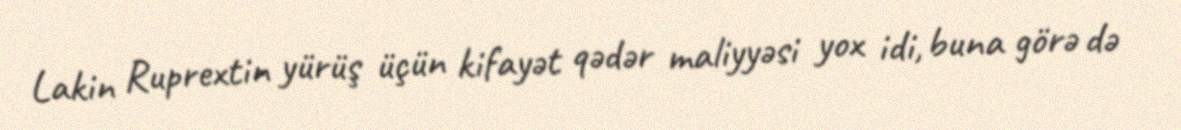
Lakin Ruprextin yürüş üçün kifayət qədər maliyyəsi yox idi, buna görə də